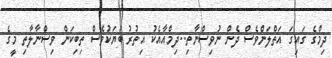
ދިމްގެ ގައިގަ އަތްލަންވެސް ދެން ނުވިސްނާތި..ދިމްއާއެކު އިތުރު ބަޔަކުވެސް ތިބިކަން ވިސްނާލާތި މީގެ